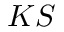
K S